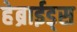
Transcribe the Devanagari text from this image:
हेब्राईड्स